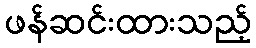
ဖန်ဆင်းထားသည့်